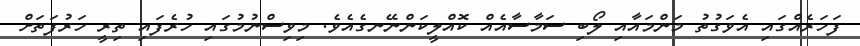
ފަހަރެއްގައި އެވަގުތު މަންމައާއި ލޯބި ސަމާސާއެއް ކޮއްލީކަންނޭނގެއެވެ. މިވިސްނުމުގައި ހުރެފައި ތިރީ ހަރުފަތަށް